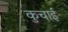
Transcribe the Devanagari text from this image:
कुचार्इ